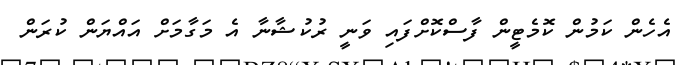
އެހެން ކަމުން ކޮމެޓީން ފާސްކޮށްފައި ވަނީ ރުކުޝާނާ އެ މަގާމަށް އައްޔަން ކުރަން